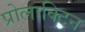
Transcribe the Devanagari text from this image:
प्रोलाक्टिन